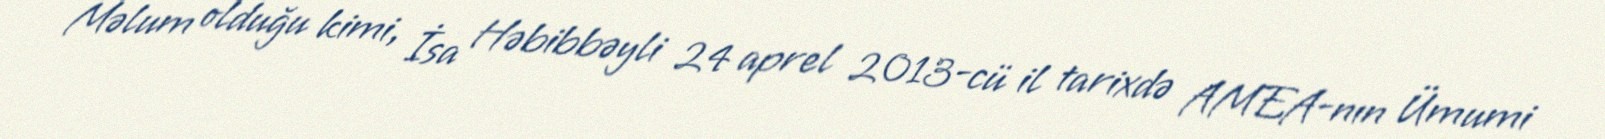
Məlum olduğu kimi, İsa Həbibbəyli 24 aprel 2013-cü il tarixdə AMEA-nın Ümumi